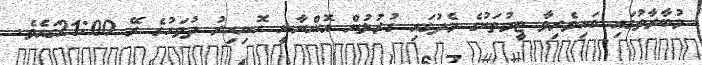
މުބާރާތުގައި ބައިވެރިވާ ޓީމުތަކުގެ މެދުގައި ގުރުލުން އޮންނާނީ ހޮނިހިރު ދުވަހުގެ ރޭ 21:00ގައެވެ.